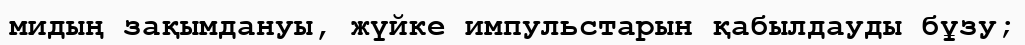
мидың зақымдануы, жүйке импульстарын қабылдауды бұзу;